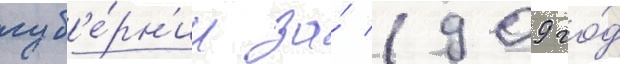
губ'е́рн'ии за́ 1909 го́д